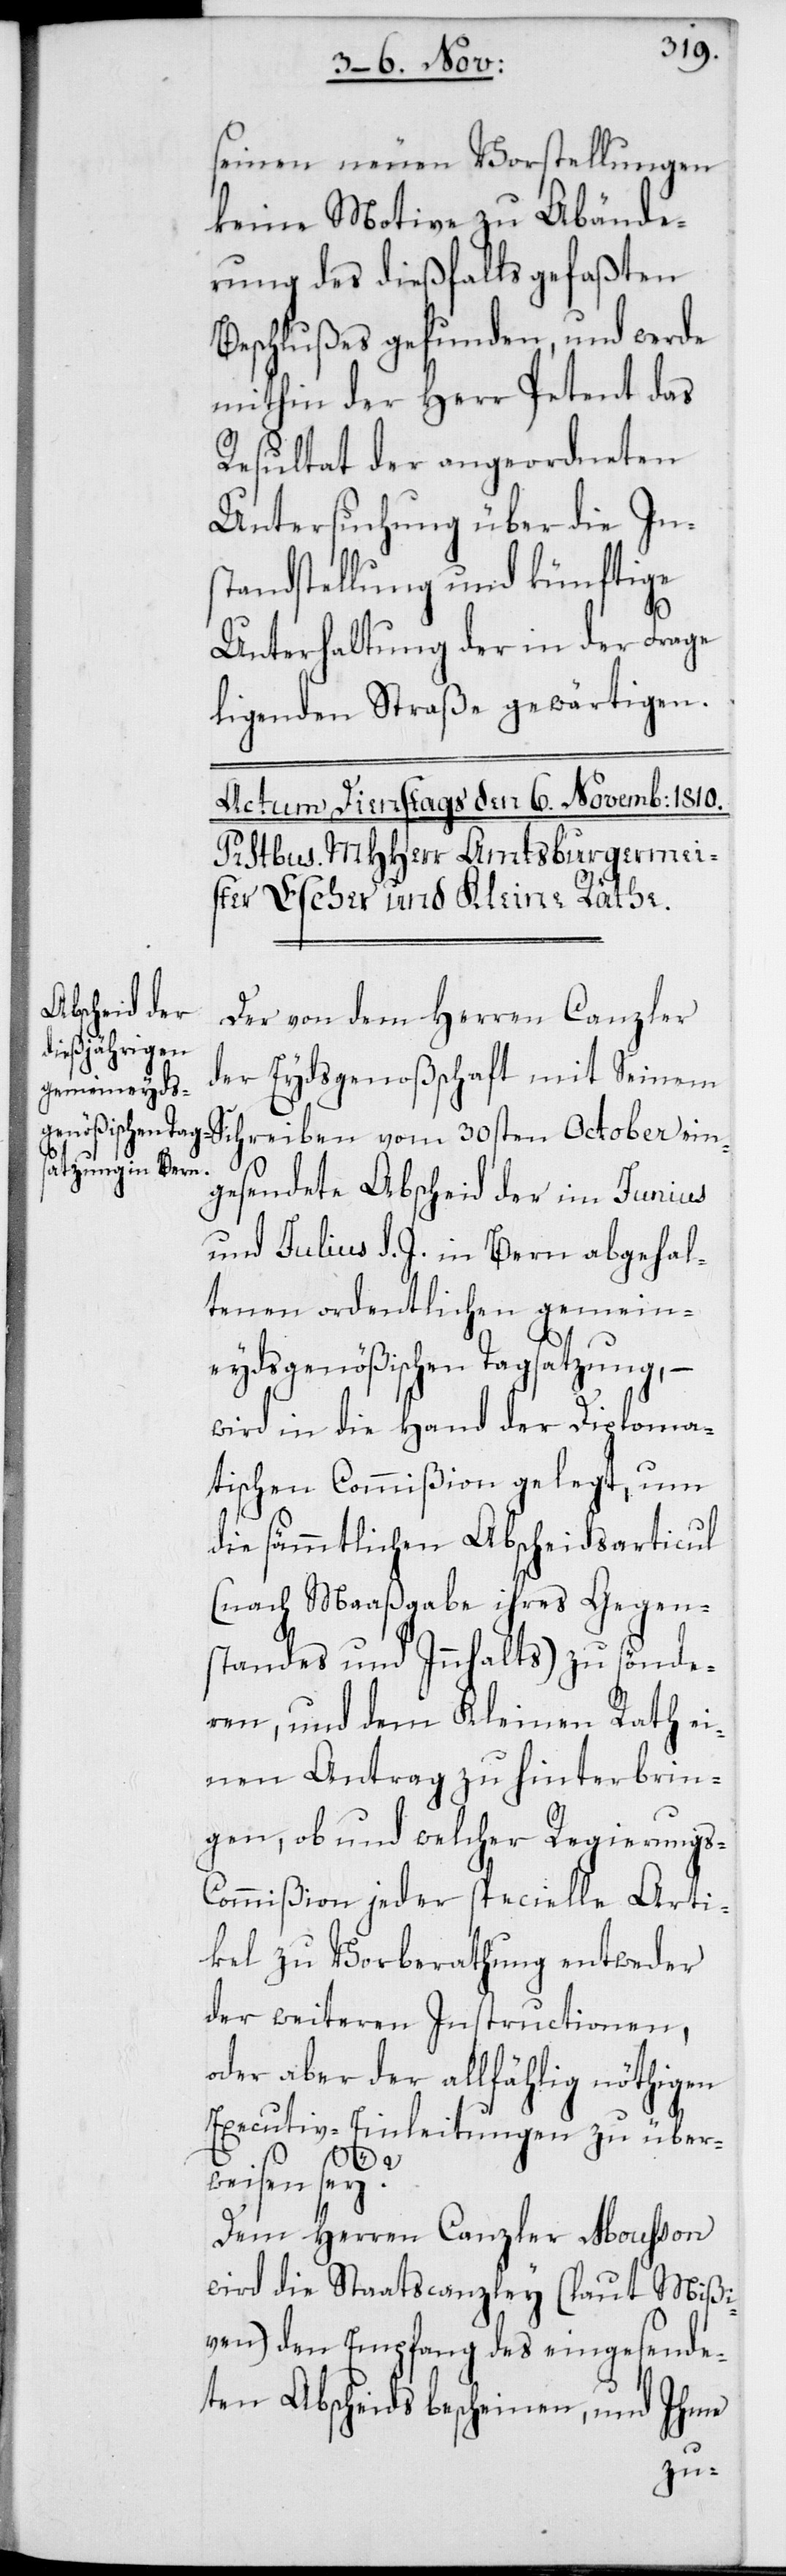
seinen neuen Vorstellungen
keine Motive zu Abände¬
rung des dießfalls gefaßten
Beschlußes gefunden, und werde
mithin der Herr Petent das
Resultat der angeordneten
Untersuchung über die In¬
standstellung und künftige
Unterhaltung der in der Frage
ligenden Straße gewärtigen.
Der von dem Herren Canzler
der Eydsgenoßenschaft mit Seinem
Schreiben vom 30sten October ein¬
gesendete Abscheid der im Junius
und Julius d. J. in Bern abgehal¬
tenen ordentlichen gemein¬
eydsgenößischen Tagsatzung, –
wird in die Hand der Diploma¬
tischen Commißion gelegt, um
die sämmtlichen Abscheidsarticul
(nach Maaßgabe ihres Gegen¬
standes und Innhalts) zu sönde¬
ren, und dem Kleinen Rath ei¬
nen Antrag zu hinterbrin¬
gen, ob und welcher Regierungs-C¬
ommißion jeder specielle Arti¬
kel zu Vorberathung entweder
der weiteren Instructionen,
oder aber der allfählig nöthigen
Executiv-Einleitungen zu über¬
weisen sey?
Dem Herren Canzler Moußon
wird die Staatscanzley (laut Mißi¬
ven) den Empfang des eingesende¬
ten Abscheids bescheinen, und Ihme